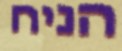
הניח